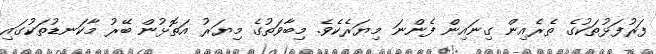
ފަރުފަޅުތަކުގެ ތެރެއިން ގިނައިން ފެންނަ މިޔަރެކެވެ. މިބާވަތުގެ މިޔަރު އަތޮޅުން ބޭރު މާކަނޑުތަކުގައި